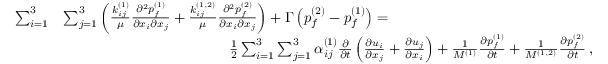
\begin{array} { r l } { \sum _ { i = 1 } ^ { 3 } } & { \sum _ { j = 1 } ^ { 3 } \left( \frac { k _ { i j } ^ { ( 1 ) } } { \mu } \frac { \partial ^ { 2 } { p _ { f } ^ { ( 1 ) } } } { \partial { x _ { i } } \partial { x _ { j } } } + \frac { k _ { i j } ^ { ( 1 , 2 ) } } { \mu } \frac { \partial ^ { 2 } { p _ { f } ^ { ( 2 ) } } } { \partial { x _ { i } } \partial { x _ { j } } } \right) + \Gamma \left( p _ { f } ^ { ( 2 ) } - p _ { f } ^ { ( 1 ) } \right) = \hphantom { X X X X X X X X X X X X X } } \\ & { \hphantom { X X X X X X X X X X X X X } \frac { 1 } { 2 } \sum _ { i = 1 } ^ { 3 } \sum _ { j = 1 } ^ { 3 } \alpha _ { i j } ^ { ( 1 ) } \frac { \partial } { \partial { t } } \left( \frac { \partial { u _ { i } } } { \partial { x _ { j } } } + \frac { \partial { u _ { j } } } { \partial { x _ { i } } } \right) + \frac { 1 } { M ^ { ( 1 ) } } \frac { \partial { p _ { f } ^ { ( 1 ) } } } { \partial { t } } + \frac { 1 } { M ^ { ( 1 , 2 ) } } \frac { \partial { p _ { f } ^ { ( 2 ) } } } { \partial { t } } \, , } \end{array}